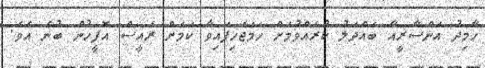
ހާމިދު އަންސާރީއާ ބައްދަލު ކުރެއްވުމަށް ހަމަޖެހިފައިވާ ކަމަށް ރައީސް އޮފީހުން ބުނެ އެވެ.